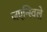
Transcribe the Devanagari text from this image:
जएन्स्विले